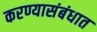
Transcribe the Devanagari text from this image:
करण्यासंबंधात